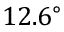
1 2 . 6 ^ { \circ }